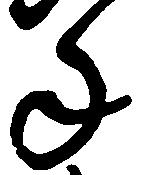
年